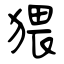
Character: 猥